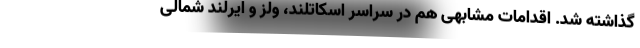
گذاشته شد. اقدامات مشابهی هم در سراسر اسکاتلند، ولز و ایرلند شمالی